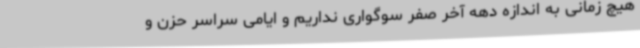
هیچ زمانی به اندازه دهه آخر صفر سوگواری نداریم و ایامی سراسر حزن و